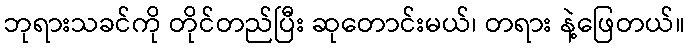
ဘုရားသခင်ကို တိုင်တည်ပြီး ဆုတောင်းမယ်၊ တရား နဲ့ဖြေတယ်။